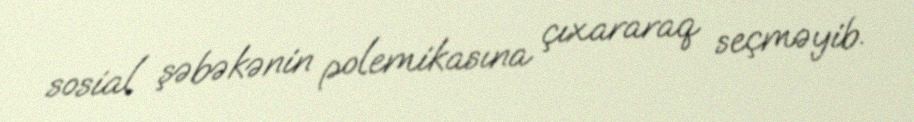
sosial şəbəkənin polemikasına çıxararaq seçməyib.